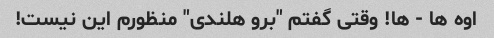
اوه ها - ها! وقتی گفتم "برو هلندی" منظورم این نیست!